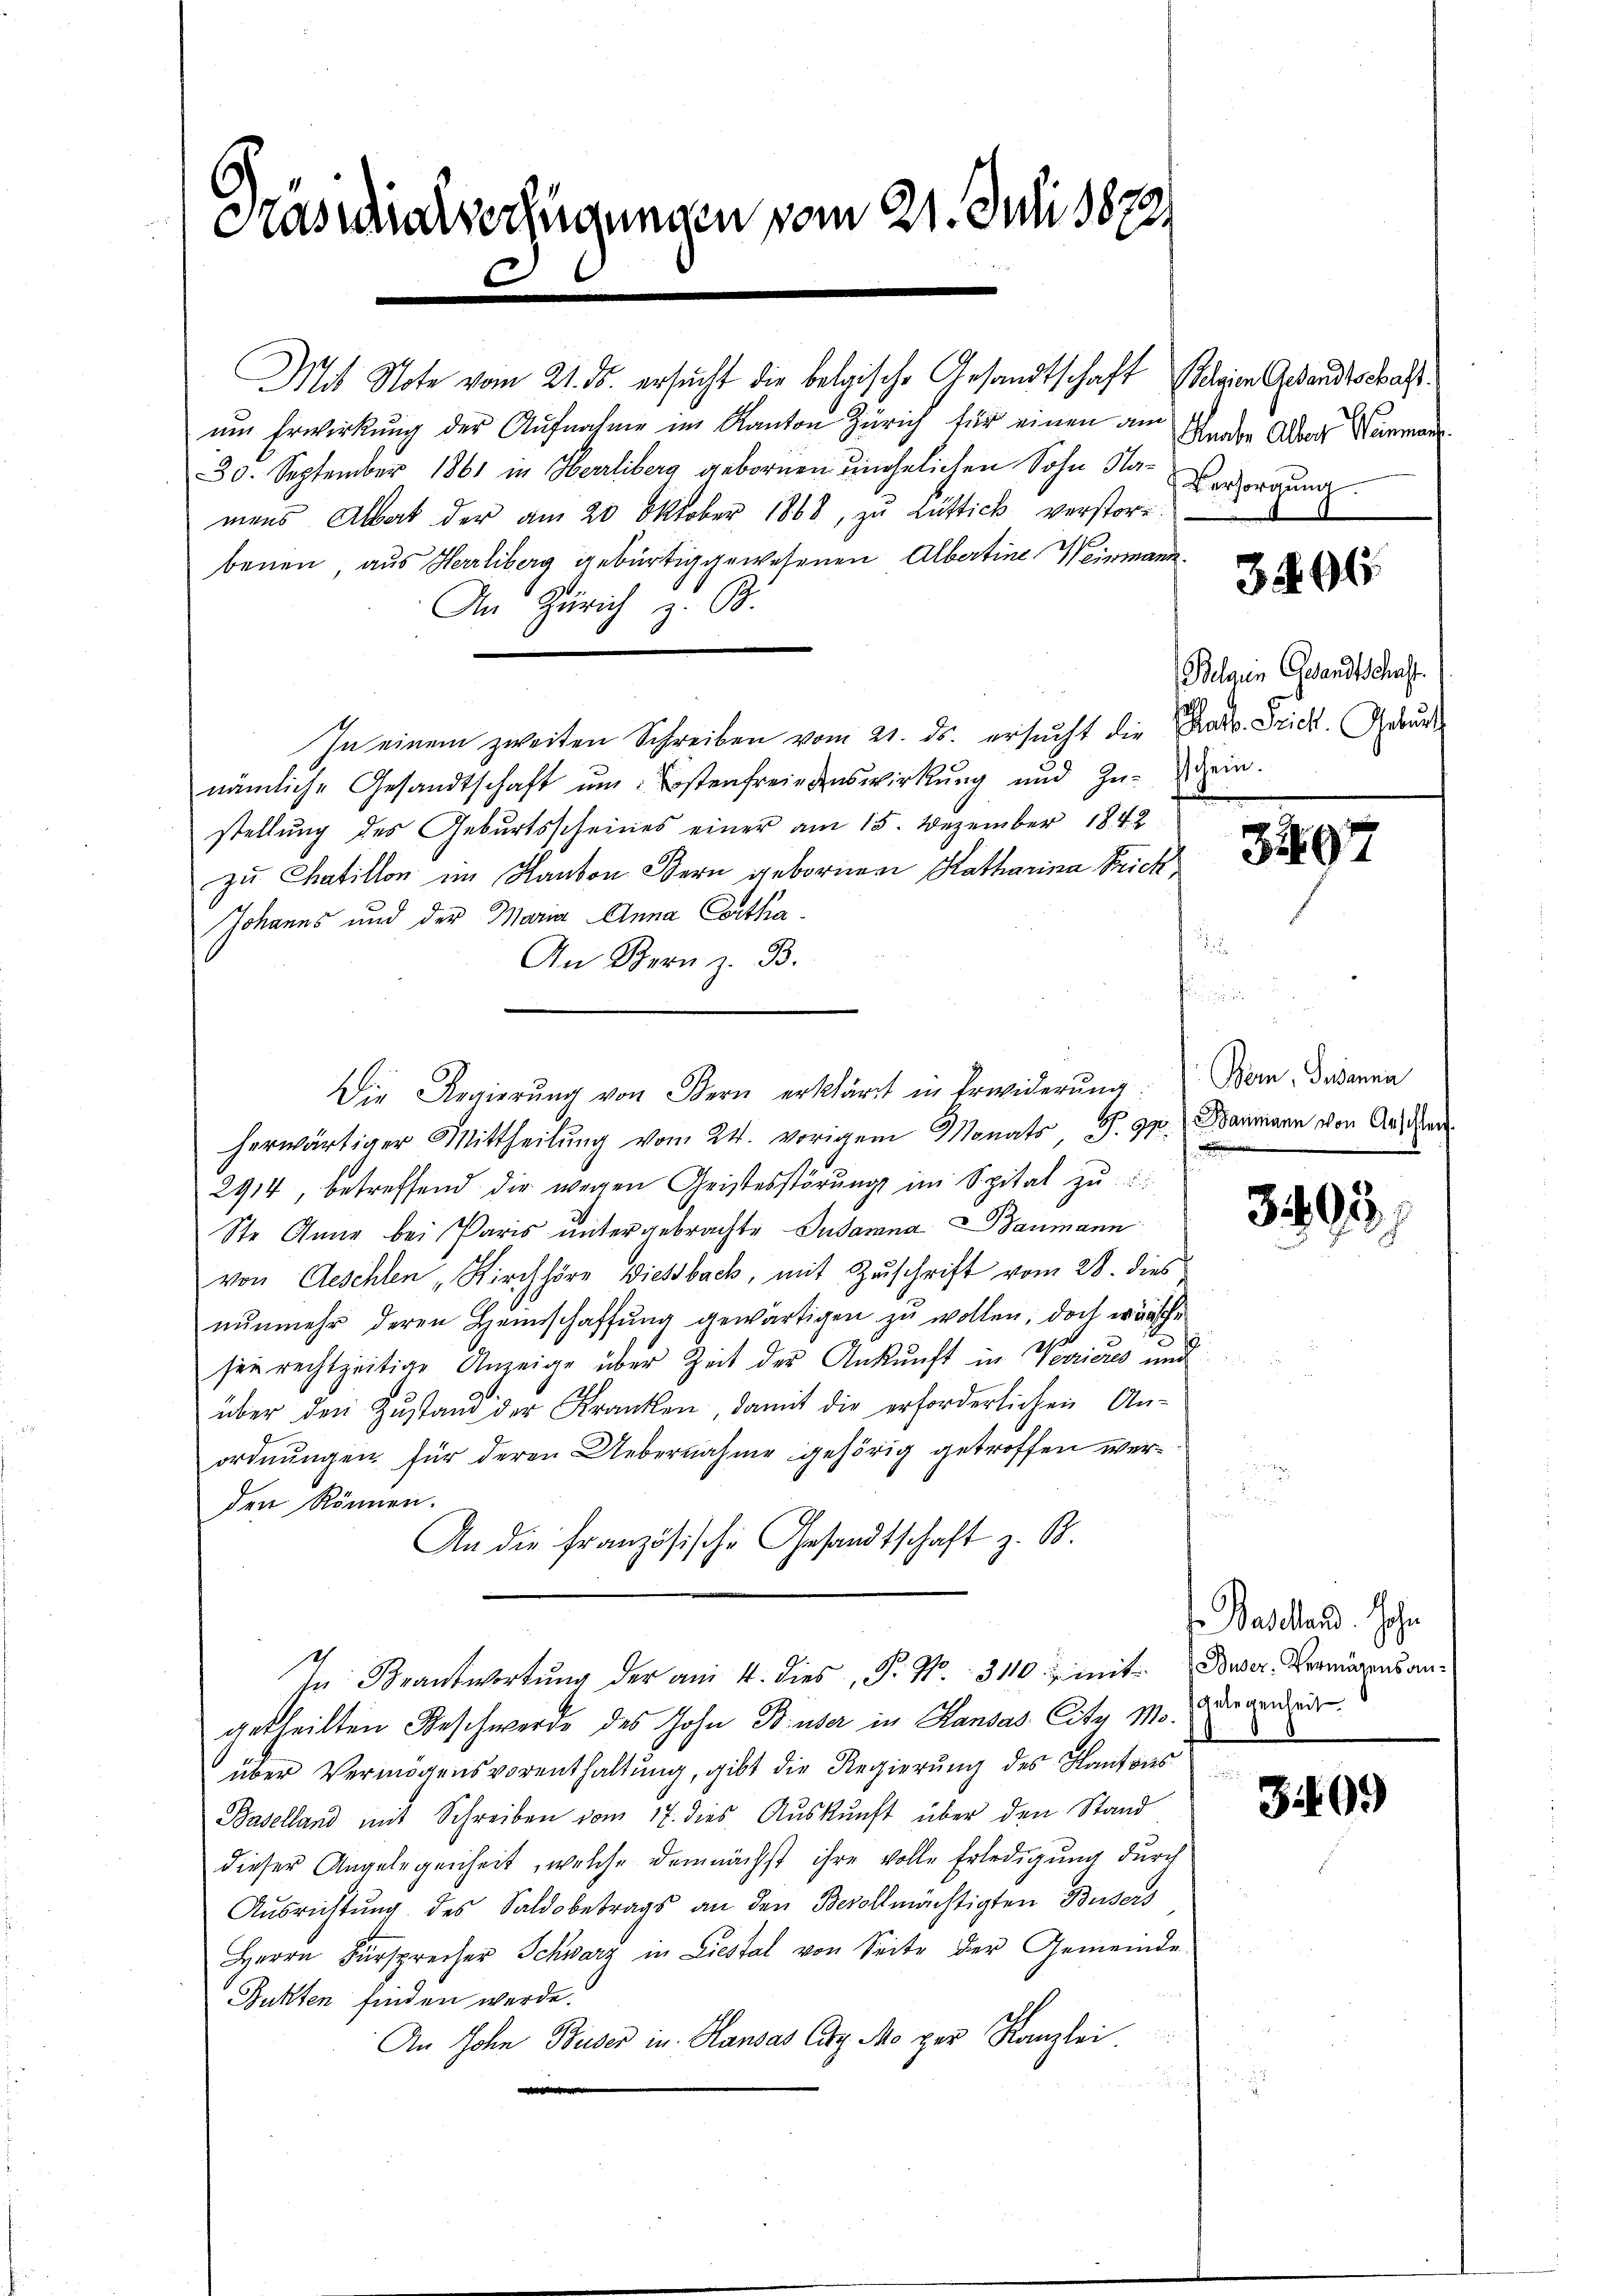
Kassaverfügungen vom 21. Juli 1872

Mit Note vom 21. ds. ersucht die belgische Gesandtschaft seien Gesandtschaftum Erwirkung der Aufnahme im Kanton Zürich für einen am
30. September 1861 in Herrliberg gebornen unehelichen Sohn Sta-Versorgung.
mens Albat der am 20. Oktober 1868, zu Lüttick verstorbenen, aus Herrliberg gebürtig gewesenen Albertine Weinmann.
An Zürich B
In einem zweiten Schreiben vom 21. ds. ersucht die Pradv. Frick. Grund
nämliche Gesandtschaft ŭm ostenfreiedenswirkŭng und Zŭ-sein.
stellung des Geburtsscheines einer am 15. Dezember 1842
zu Chaillon im Kanton Stern gebornen Katharina Frick
Johanns und der Maria Anna Cortha¬
An Stern z. B.
.
herwärtiger Mittheilung vom 24. vorigem Monat P. 990. Baumann von Aus der
2914, betreffend dir wegen Geistesstörŭng im Spital zŭ
Ste Anne bei Paris untergebrachte Susanna Baumann
von Aeschlen „Kirchhöre Diesbach, mit Zuschrift vom 28. dies
nŭnmehr deren Heimschaffŭng gewärtigen zu wollen, doch wünsche
see rechtzeitige Anzeige über Zeit der Ankunft in Verrieres und
über den Zustand der Kranken, damit die erforderlichen Anordnungen, für deren Uebernahme gehörig getroffen werden können.
An die französische Gesandtschaft z. B.
In Beantwortung der am 4. dies, P. Nr. 3110 u. mit war. Vermögensangetheilten Beschwerde des John B. über in Handas Cita Morgendende
.
über Vermögensvorenthaltung, gibt die Regierung des Kantons
Baselland mit Schreiben vom 17. dies Aŭskŭnft über den Stand
dieser Angelegenheit, welche demnächst ihre volle Erledigung durch
Ausrichtung des Saldobetrags an den Bevollmächtigten Busers
Herrn Fürsprecher Schwarz in Liestal von Seite der Gemeinde
Buhten finden werde.
An Sohn Buser in Handas lag Mo per Kanzlei
n

Die Regierŭng von Bern erklärt in Erwiderŭng. Bern Susanna

Knabe Albert Hammen.

3296

Belgen Gesandtschaft.

3207

r

3892

f Baselland. Hohe

309)